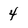
Character: 4